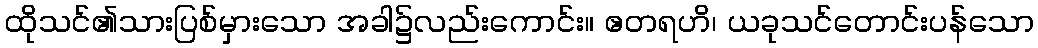
ထိုသင်၏သားပြစ်မှားသော အခါ၌လည်းကောင်း။ ဧတရဟိ၊ ယခုသင်တောင်းပန်သော